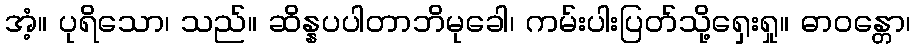
အံ့။ ပုရိသော၊ သည်။ ဆိန္နပပါတာဘိမုခေါ၊ ကမ်းပါးပြတ်သို့ရှေးရှု။ ဓာဝန္တော၊